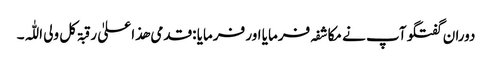
دوران گفتگو آپ نے مکاشفہ فرمایا اور فرمایا :قدمی ھذا علیٰ رقبۃ کل ولی اللّٰہ۔